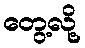
တွေ့လို့